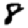
Digit: 8